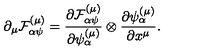
\partial _ { \mu } { \cal F } _ { \alpha \psi } ^ { \left( \mu \right) } = \frac { \partial { \cal F } _ { \alpha \psi } ^ { \left( \mu \right) } } { \partial \psi _ { \alpha } ^ { \left( \mu \right) } } \otimes \frac { \partial \psi _ { \alpha } ^ { \left( \mu \right) } } { \partial x ^ { \mu } } .